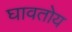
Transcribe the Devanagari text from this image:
घावतोय